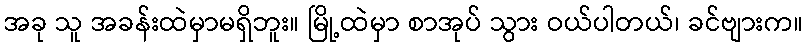
အခု သူ အခန်းထဲမှာမရှိဘူး။ မြို့ထဲမှာ စာအုပ် သွား ဝယ်ပါတယ်၊ ခင်ဗျားက။